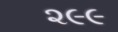
૨૯૯